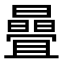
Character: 曡